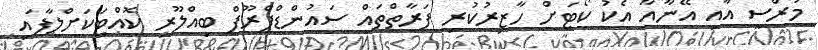
މުރްސީ އާއި އޭނާއާ އެކު ކޯޓަށް ހާޒިރުކުރި ފަރާތްތައް ސައުންޑްޕްރޫފް ބިއްލޫރި ކޮއްޓަކަށްލާފައި